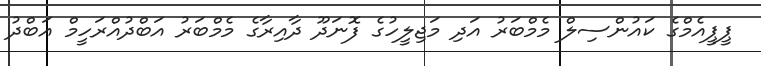
ޕީޕީއެމްގެ ކައުންސިލް މެމްބަރު އަދި މަޖިލީހުގެ ފޮނަދޫ ދާއިރާގެ މެމްބަރު އަބްދުއްރަހީމް އަބްދު